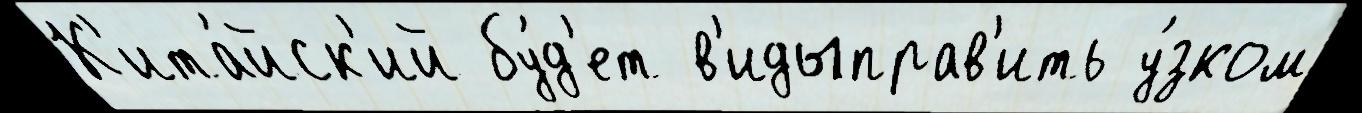
К'ита́йск'ий бу́д'ет в'идыправ'ить у́зком